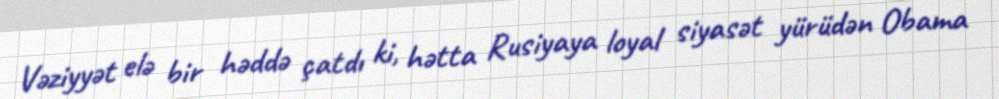
Vəziyyət elə bir həddə çatdı ki, hətta Rusiyaya loyal siyasət yürüdən Obama